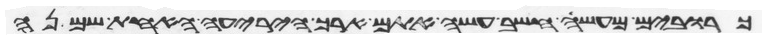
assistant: כרובים מעשה חשב עשה אתם ארך היריעה האחת שמנה